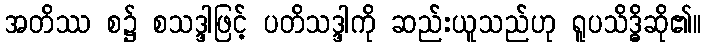
အတိဿ စ၌ စသဒ္ဒါဖြင့် ပတိသဒ္ဒါကို ဆည်းယူသည်ဟု ရူပသိဒ္ဓိဆို၏။